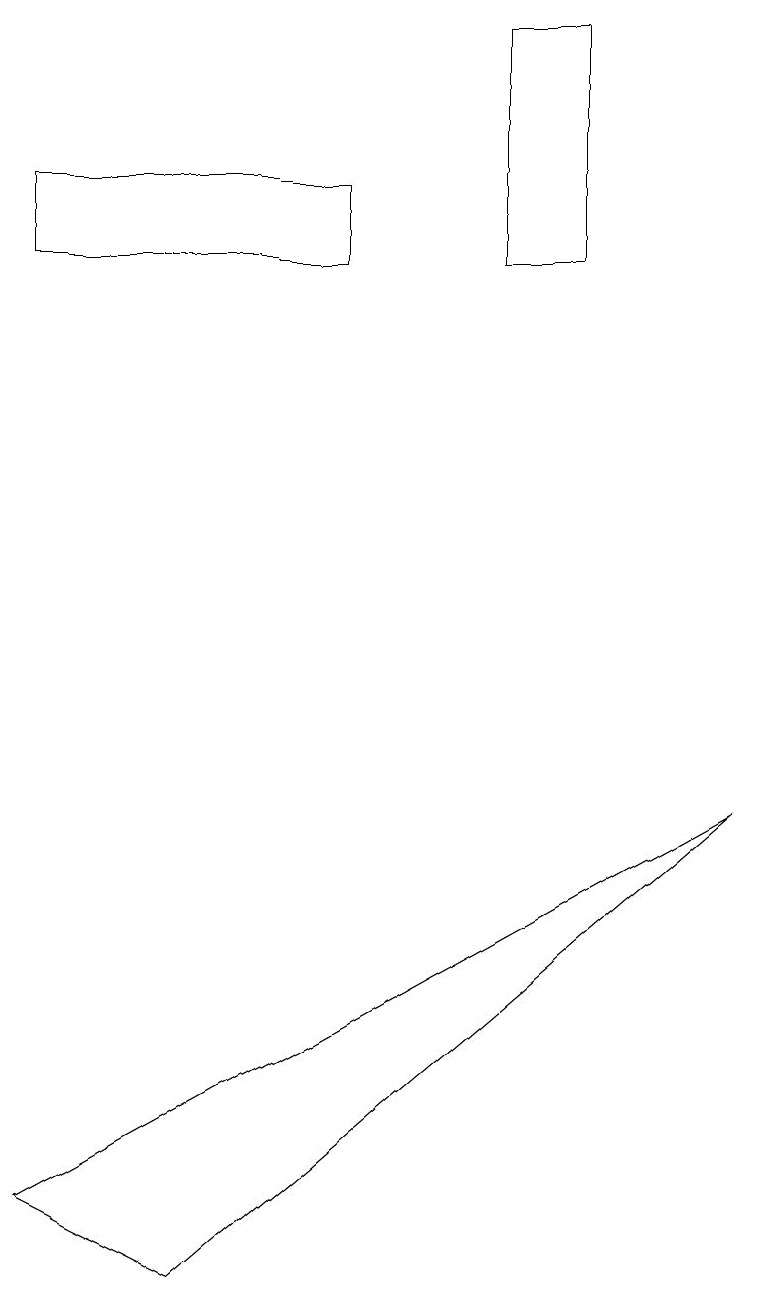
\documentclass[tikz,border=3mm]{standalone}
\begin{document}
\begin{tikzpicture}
\draw (6,17) rectangle (7,14);
\draw (0,14) rectangle (4,15);
\draw (0,2) -- (2,1) -- (9,7) -- cycle;
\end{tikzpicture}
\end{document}